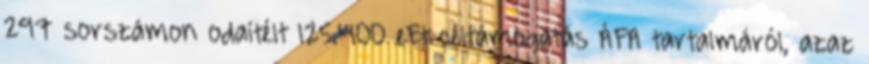
297 sorszámon odaítélt 125.400 eFt céltámogatás ÁFA tartalmáról, azaz